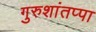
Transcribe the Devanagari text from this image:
गुरुशांतप्पा